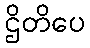
ဌိတိပေ